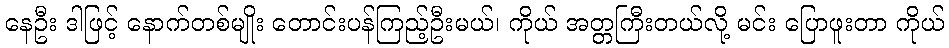
နေဦး ဒါဖြင့် နောက်တစ်မျိုး တောင်းပန်ကြည့်ဦးမယ်၊ ကိုယ် အတ္တကြီးတယ်လို့ မင်း ပြောဖူးတာ ကိုယ်